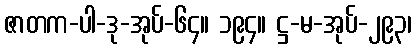
ဇာတက-ပါ-ဒု-အုပ်-၆၄။ ၁၉၄။ ဋ္ဌ-မ-အုပ်-၂၉၃၊